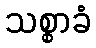
သစ္စာခံ